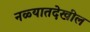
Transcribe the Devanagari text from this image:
नळ्यातदेखील